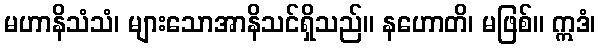
မဟာနိသံသံ၊ များသောအာနိသင်ရှိသည်။ နဟောတိ၊ မဖြစ်။ ဣဒံ၊